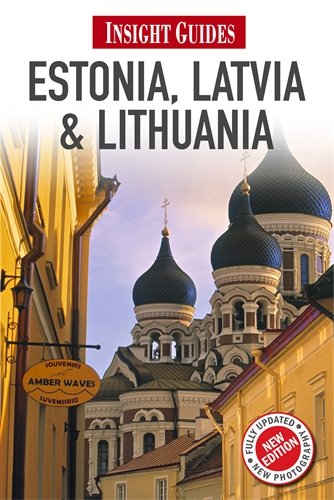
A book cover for Estonia, Latvia, and Lithuania (Insight Guides); Insight Guides; Travel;